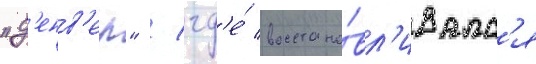
"д'енв'ер" / гд'е́ восстана́вл'ивалс'я